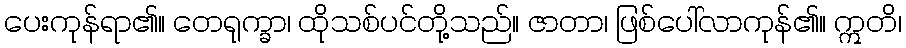
ပေးကုန်ရာ၏။ တေရုက္ခာ၊ ထိုသစ်ပင်တို့သည်။ ဇာတာ၊ ဖြစ်ပေါ်လာကုန်၏။ ဣတိ၊